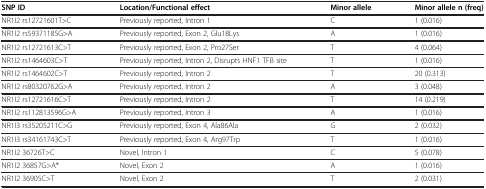
<table><thead><tr><td><b>SNP ID</b></td><td><b>Location/Functional effect</b></td><td><b>Minor allele</b></td><td><b>Minor allele n (freq)</b></td></tr></thead><tbody><tr><td>NR1I2 rs12721601T&gt;C</td><td>Previously reported, Intron 1</td><td>C</td><td>1 (0.016)</td></tr><tr><td>NR1I2 rs59371185G&gt;A</td><td>Previously reported, Exon 2, Glu18Lys</td><td>A</td><td>1 (0.016)</td></tr><tr><td>NR1I2 rs12721613C&gt;T</td><td>Previously reported, Exon 2, Pro27Ser</td><td>T</td><td>4 (0.064)</td></tr><tr><td>NR1I2 rs1464603C&gt;T</td><td>Previously reported, Intron 2, Disrupts HNF1 TFB site</td><td>T</td><td>1 (0.016)</td></tr><tr><td>NR1I2 rs1464602C&gt;T</td><td>Previously reported, Intron 2</td><td>T</td><td>20 (0.313)</td></tr><tr><td>NR1I2 rs80320762G&gt;A</td><td>Previously reported, Intron 2</td><td>A</td><td>3 (0.048)</td></tr><tr><td>NR1I2 rs12721616C&gt;T</td><td>Previously reported, Intron 2</td><td>T</td><td>14 (0.219)</td></tr><tr><td>NR1I2 rs112813596G&gt;A</td><td>Previously reported, Intron 3</td><td>A</td><td>1 (0.016)</td></tr><tr><td>NR1I3 rs35205211C&gt;G</td><td>Previously reported, Exon 4, Ala86Ala</td><td>G</td><td>2 (0.032)</td></tr><tr><td>NR1I3 rs34161743C&gt;T</td><td>Previously reported, Exon 4, Arg97Trp</td><td>T</td><td>1 (0.016)</td></tr><tr><td>NR1I2 36726T&gt;C</td><td>Novel, Intron 1</td><td>C</td><td>5 (0.078)</td></tr><tr><td>NR1I2 36857G&gt;A*</td><td>Novel, Exon 2</td><td>A</td><td>1 (0.016)</td></tr><tr><td>NR1I2 36905C&gt;T</td><td>Novel, Exon 2</td><td>T</td><td>2 (0.031)</td></tr></tbody></table>